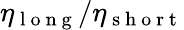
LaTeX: \eta_{\mathrm{~l~o~n~g~}}/\eta_{\mathrm{~s~h~o~r~t~}}